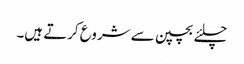
چلئے بچپن سے شروع کرتے ہیں۔